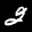
Label: 2